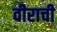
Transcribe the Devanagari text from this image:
वीराची